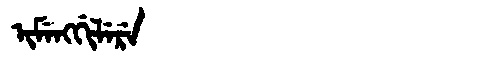
Manchu: ᡳᠮᡝᠩᡤᡳᠯᡝᡵᡝ
Romanization: IMENGGILERE